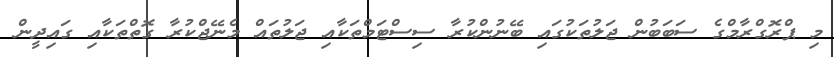
މި ޕްރޮގްރާމްގެ ސަބަބުން ޖަލުތަކުގައި ބޭނުންކުރާ ސިސްޓަމްތަކާއި ޖަލުތައް މެނޭޖްކުރާ ގޮތްތަކާއި ގައިދީން